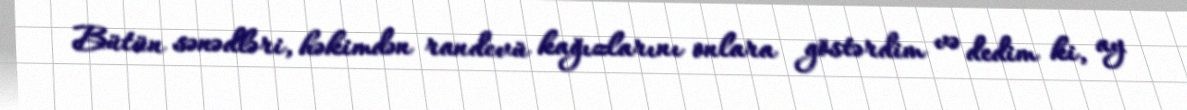
Bütün sənədləri, həkimdən randevü kağızlarını onlara göstərdim və dedim ki, ay